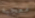
معجبه